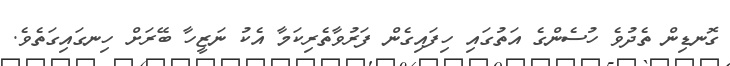
ގޮނޑިން ތެދުވެ ހުސެންގެ އަތުގައި ހިފައިގެން ފަރުވާތެރިކަމާ އެކު ނަޒީހާ ބޭރަށް ހިނގައިގަތެވެ.